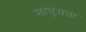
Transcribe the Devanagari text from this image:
मात्तृसत्ता